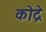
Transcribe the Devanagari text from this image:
कोद्रे